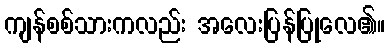
ကျန်စစ်သားကလည်း အလေးပြန်ပြုလေ၏။